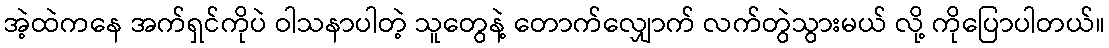
အဲ့ထဲကနေ အက်ရှင်ကိုပဲ ဝါသနာပါတဲ့ သူတွေနဲ့ တောက်လျှောက် လက်တွဲသွားမယ် လို့ ကိုပြောပါတယ်။